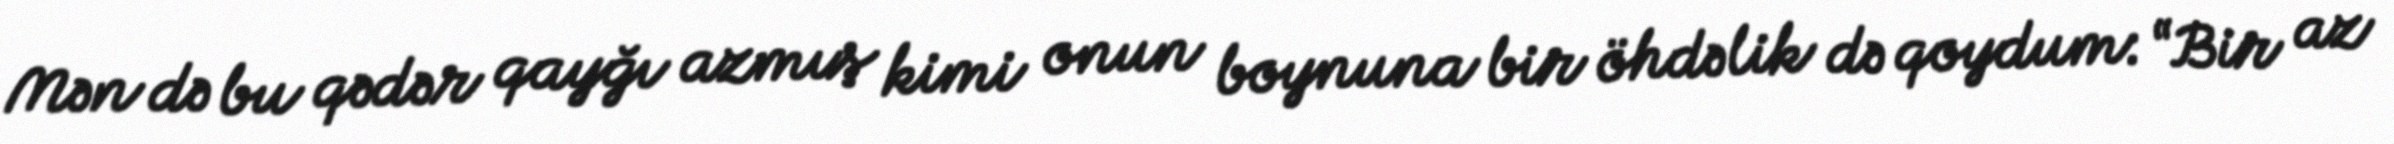
Mən də bu qədər qayğı azmış kimi onun boynuna bir öhdəlik də qoydum: “Bir az